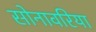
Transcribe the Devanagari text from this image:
सोनावरिया